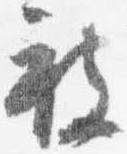
被